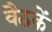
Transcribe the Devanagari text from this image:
वैठकें